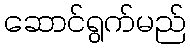
ဆောင်ရွက်မည်